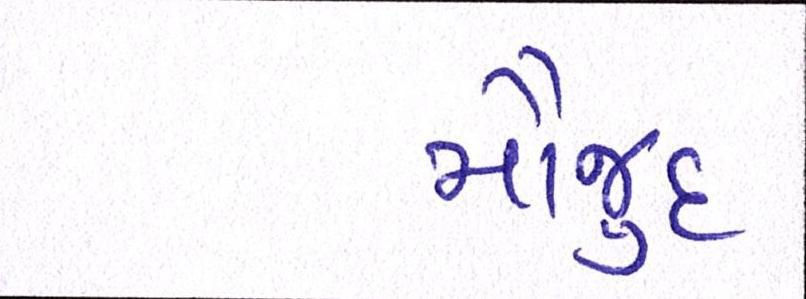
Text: મૌજુદ